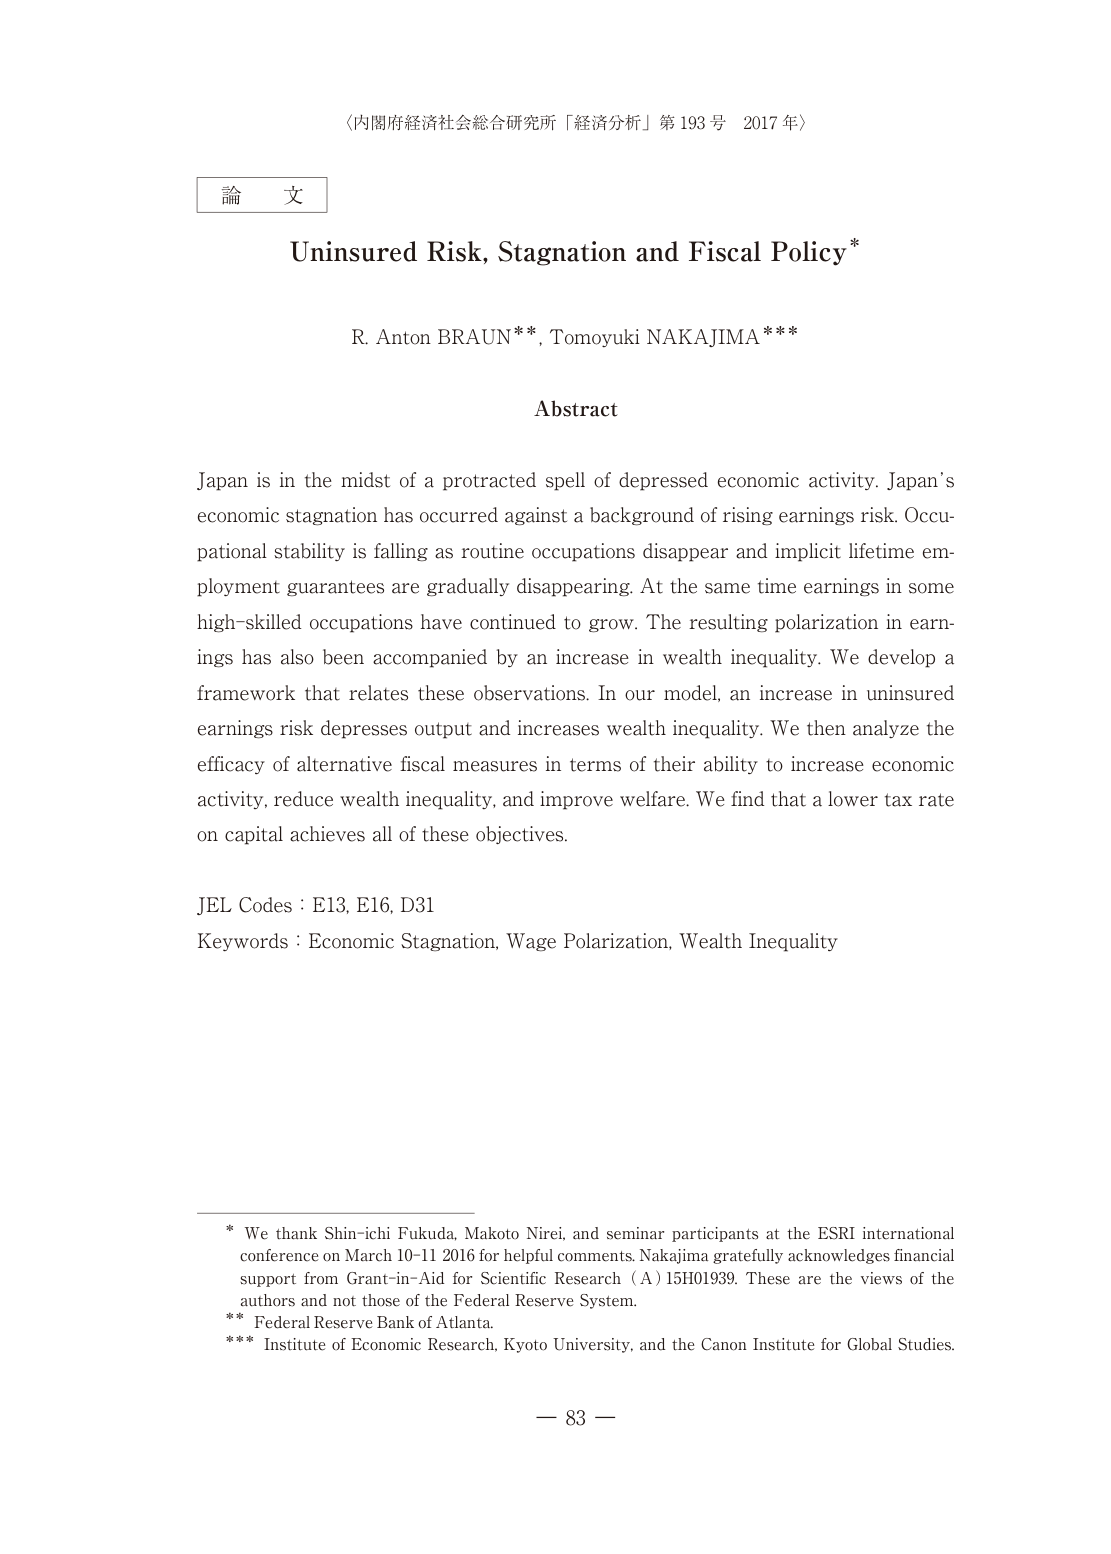
〈内閣府経済社会総合研究所「経済分析」第193号 2017年〉

論文

Uninsured Risk, Stagnation and Fiscal Policy*

R. Anton BRAUN**, Tomoyuki NAKAJIMA***

Abstract

Japan is in the midst of a protracted spell of depressed economic activity. Japan’s economic stagnation has occurred against a background of rising earnings risk. Occupational stability is falling as routine occupations disappear and implicit lifetime employment guarantees are gradually disappearing. At the same time earnings in some high-skilled occupations have continued to grow. The resulting polarization in earnings has also been accompanied by an increase in wealth inequality. We develop a framework that relates these observations. In our model, an increase in uninsured earnings risk depresses output and increases wealth inequality. We then analyze the efficacy of alternative fiscal measures in terms of their ability to increase economic activity, reduce wealth inequality, and improve welfare. We find that a lower tax rate on capital achieves all of these objectives.

JEL Codes : E13, E16, D31
Keywords : Economic Stagnation, Wage Polarization, Wealth Inequality

* We thank Shin-ichi Fukuda, Makoto Nirei, and seminar participants at the ESRI international conference on March 10–11 2016 for helpful comments. Nakajima gratefully acknowledges financial support from Grant-in-Aid for Scientific Research (A) 15H01939. These are the views of the authors and not those of the Federal Reserve System.
** Federal Reserve Bank of Atlanta.
*** Institute of Economic Research, Kyoto University, and the Canon Institute for Global Studies.

— 83 —